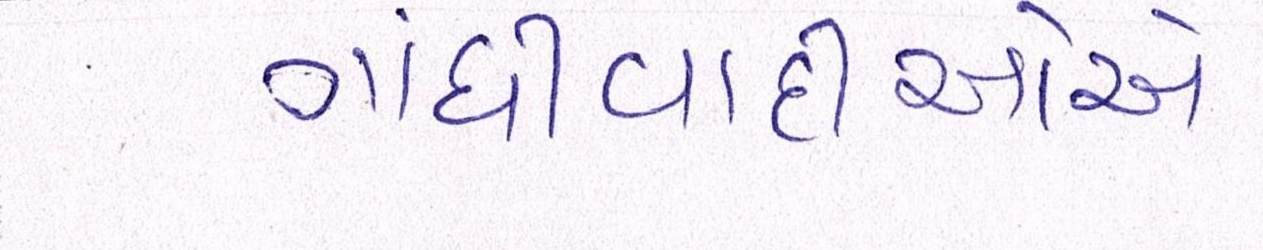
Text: ગાંધીવાદીઓએ